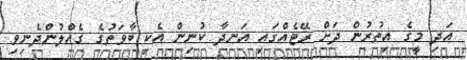
އަދި މީގެ އިތުރުން ދަށް ރޭޓެއްގައި އަނދާ ކުނިން އެކި ބާވަތުގެ ގެއްލުންދެނިވި